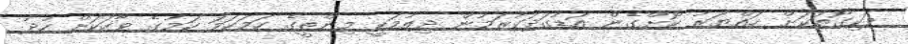
ވަކިގޮތަކަށް ހައްޔަރު ކޮށްގެން އަޑުގަދަކުރަމުން ދިއުމަކީ މިންތީގެ ހަމަހަމަ ކަމުގެ ވާހަކަށް ހުދު